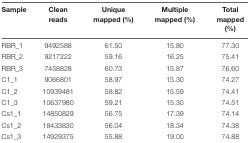
| Sample | Clean reads | Unique mapped (%) | Multiple mapped (%) | Total mapped (%) |
 | --- | --- | --- | --- | --- |
 | RBR_1 | 9492588 | 61.50 | 15.80 | 77.30 |
 | RBR_2 | 9217222 | 59.16 | 16.25 | 75.41 |
 | RBR_3 | 7458828 | 60.73 | 15.87 | 76.60 |
 | C1_1 | 9066801 | 58.97 | 15.30 | 74.27 |
 | C1_2 | 10939481 | 58.82 | 15.59 | 74.41 |
 | C1_3 | 10637980 | 59.21 | 15.30 | 74.51 |
 | Cs1_1 | 14850829 | 56.75 | 17.39 | 74.14 |
 | Cs1_2 | 18433830 | 56.04 | 18.34 | 74.38 |
 | Cs1_3 | 14929375 | 55.88 | 19.00 | 74.88 |